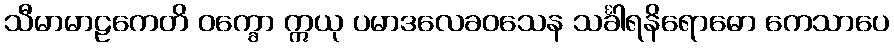
သီမာမာဠကေတိ ဝက္ခော ဣယု ပမာဒလေခဝသေန သင်္ခါရနိရောဓော ကေသာပေ